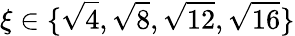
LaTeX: \xi\in\{ \sqrt{4},\sqrt{8},\sqrt{12},\sqrt{16}\}